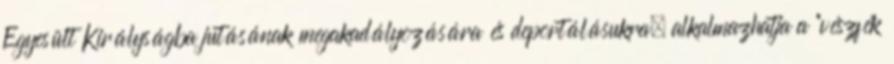
Egyesült Királyságba jutásának megakadályozására és deportálásukra; alkalmazhatja a "vészfék